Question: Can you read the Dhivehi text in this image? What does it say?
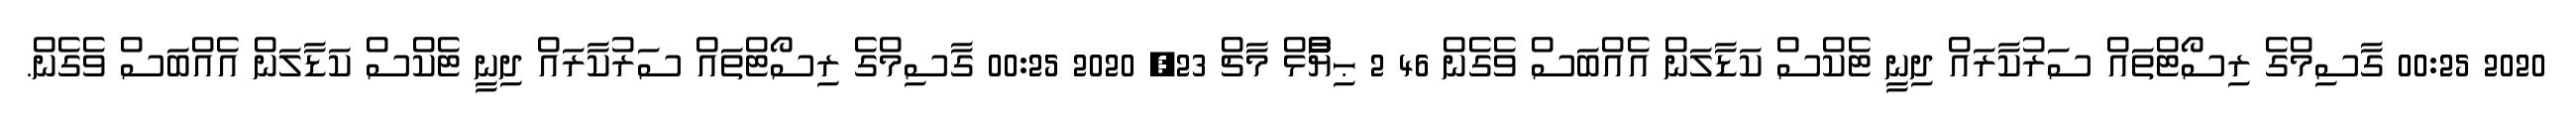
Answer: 2020 00:25 ގާސިމްގެ ރިސޯޓްތައް ސަރުކާރައް ދިނީ ޓެކްސް ކަޑާލަން އެއްބަސް ވެގެން 46 2 ޙިޔާާްްޅް މާޗް 23, 2020 00:25 ގާސިމްގެ ރިސޯޓްތައް ސަރުކާރައް ދިނީ ޓެކްސް ކަޑާލަން އެއްބަސް ވެގެން.